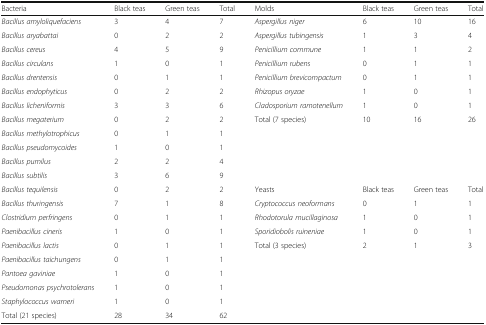
<table><thead><tr><td><b>Bacteria</b></td><td><b>Black teas</b></td><td><b>Green teas</b></td><td><b>Total</b></td><td><b>Molds</b></td><td><b>Black teas</b></td><td><b>Green teas</b></td><td><b>Total</b></td></tr></thead><tbody><tr><td><i>Bacillus amyloliquefaciens</i></td><td>3</td><td>4</td><td>7</td><td><i>Aspergillus niger</i></td><td>6</td><td>10</td><td>16</td></tr><tr><td><i>Bacillus aryabattai</i></td><td>0</td><td>2</td><td>2</td><td><i>Aspergillus tubingensis</i></td><td>1</td><td>3</td><td>4</td></tr><tr><td><i>Bacillus cereus</i></td><td>4</td><td>5</td><td>9</td><td><i>Penicillium commune</i></td><td>1</td><td>1</td><td>2</td></tr><tr><td><i>Bacillus circulans</i></td><td>1</td><td>0</td><td>1</td><td><i>Penicillium rubens</i></td><td>0</td><td>1</td><td>1</td></tr><tr><td><i>Bacillus drentensis</i></td><td>0</td><td>1</td><td>1</td><td><i>Penicillium brevicompactum</i></td><td>0</td><td>1</td><td>1</td></tr><tr><td><i>Bacillus endophyticus</i></td><td>0</td><td>2</td><td>2</td><td><i>Rhizopus oryzae</i></td><td>1</td><td>0</td><td>1</td></tr><tr><td><i>Bacillus licheniformis</i></td><td>3</td><td>3</td><td>6</td><td><i>Cladosporium ramotenellum</i></td><td>1</td><td>0</td><td>1</td></tr><tr><td><i>Bacillus megaterium</i></td><td>0</td><td>2</td><td>2</td><td>Total (7 species)</td><td>10</td><td>16</td><td>26</td></tr><tr><td><i>Bacillus methylotrophicus</i></td><td>0</td><td>1</td><td>1</td><td rowspan="4" colspan="4"></td></tr><tr><td><i>Bacillus pseudomycoides</i></td><td>1</td><td>0</td><td>1</td></tr><tr><td><i>Bacillus pumilus</i></td><td>2</td><td>2</td><td>4</td></tr><tr><td><i>Bacillus subtilis</i></td><td>3</td><td>6</td><td>9</td></tr><tr><td><i>Bacillus tequilensis</i></td><td>0</td><td>2</td><td>2</td><td>Yeasts</td><td>Black teas</td><td>Green teas</td><td>Total</td></tr><tr><td><i>Bacillus thuringensis</i></td><td>7</td><td>1</td><td>8</td><td><i>Cryptococcus neoformans</i></td><td>0</td><td>1</td><td>1</td></tr><tr><td><i>Clostridium perfringens</i></td><td>0</td><td>1</td><td>1</td><td><i>Rhodotorula mucillaginosa</i></td><td>1</td><td>0</td><td>1</td></tr><tr><td><i>Paenibacillus cineris</i></td><td>1</td><td>0</td><td>1</td><td><i>Sporidiobolis ruineniae</i></td><td>1</td><td>0</td><td>1</td></tr><tr><td><i>Paenibacillus lactis</i></td><td>0</td><td>1</td><td>1</td><td>Total (3 species)</td><td>2</td><td>1</td><td>3</td></tr><tr><td><i>Paenibacillus taichungens</i></td><td>0</td><td>1</td><td>1</td><td rowspan="5" colspan="4"></td></tr><tr><td><i>Pantoea gaviniae</i></td><td>1</td><td>0</td><td>1</td></tr><tr><td><i>Pseudomonas psychrotolerans</i></td><td>1</td><td>0</td><td>1</td></tr><tr><td><i>Staphylococcus warneri</i></td><td>1</td><td>0</td><td>1</td></tr><tr><td>Total (21 species)</td><td>28</td><td>34</td><td>62</td></tr></tbody></table>